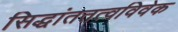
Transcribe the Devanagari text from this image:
सिद्धांततत्वविवेक